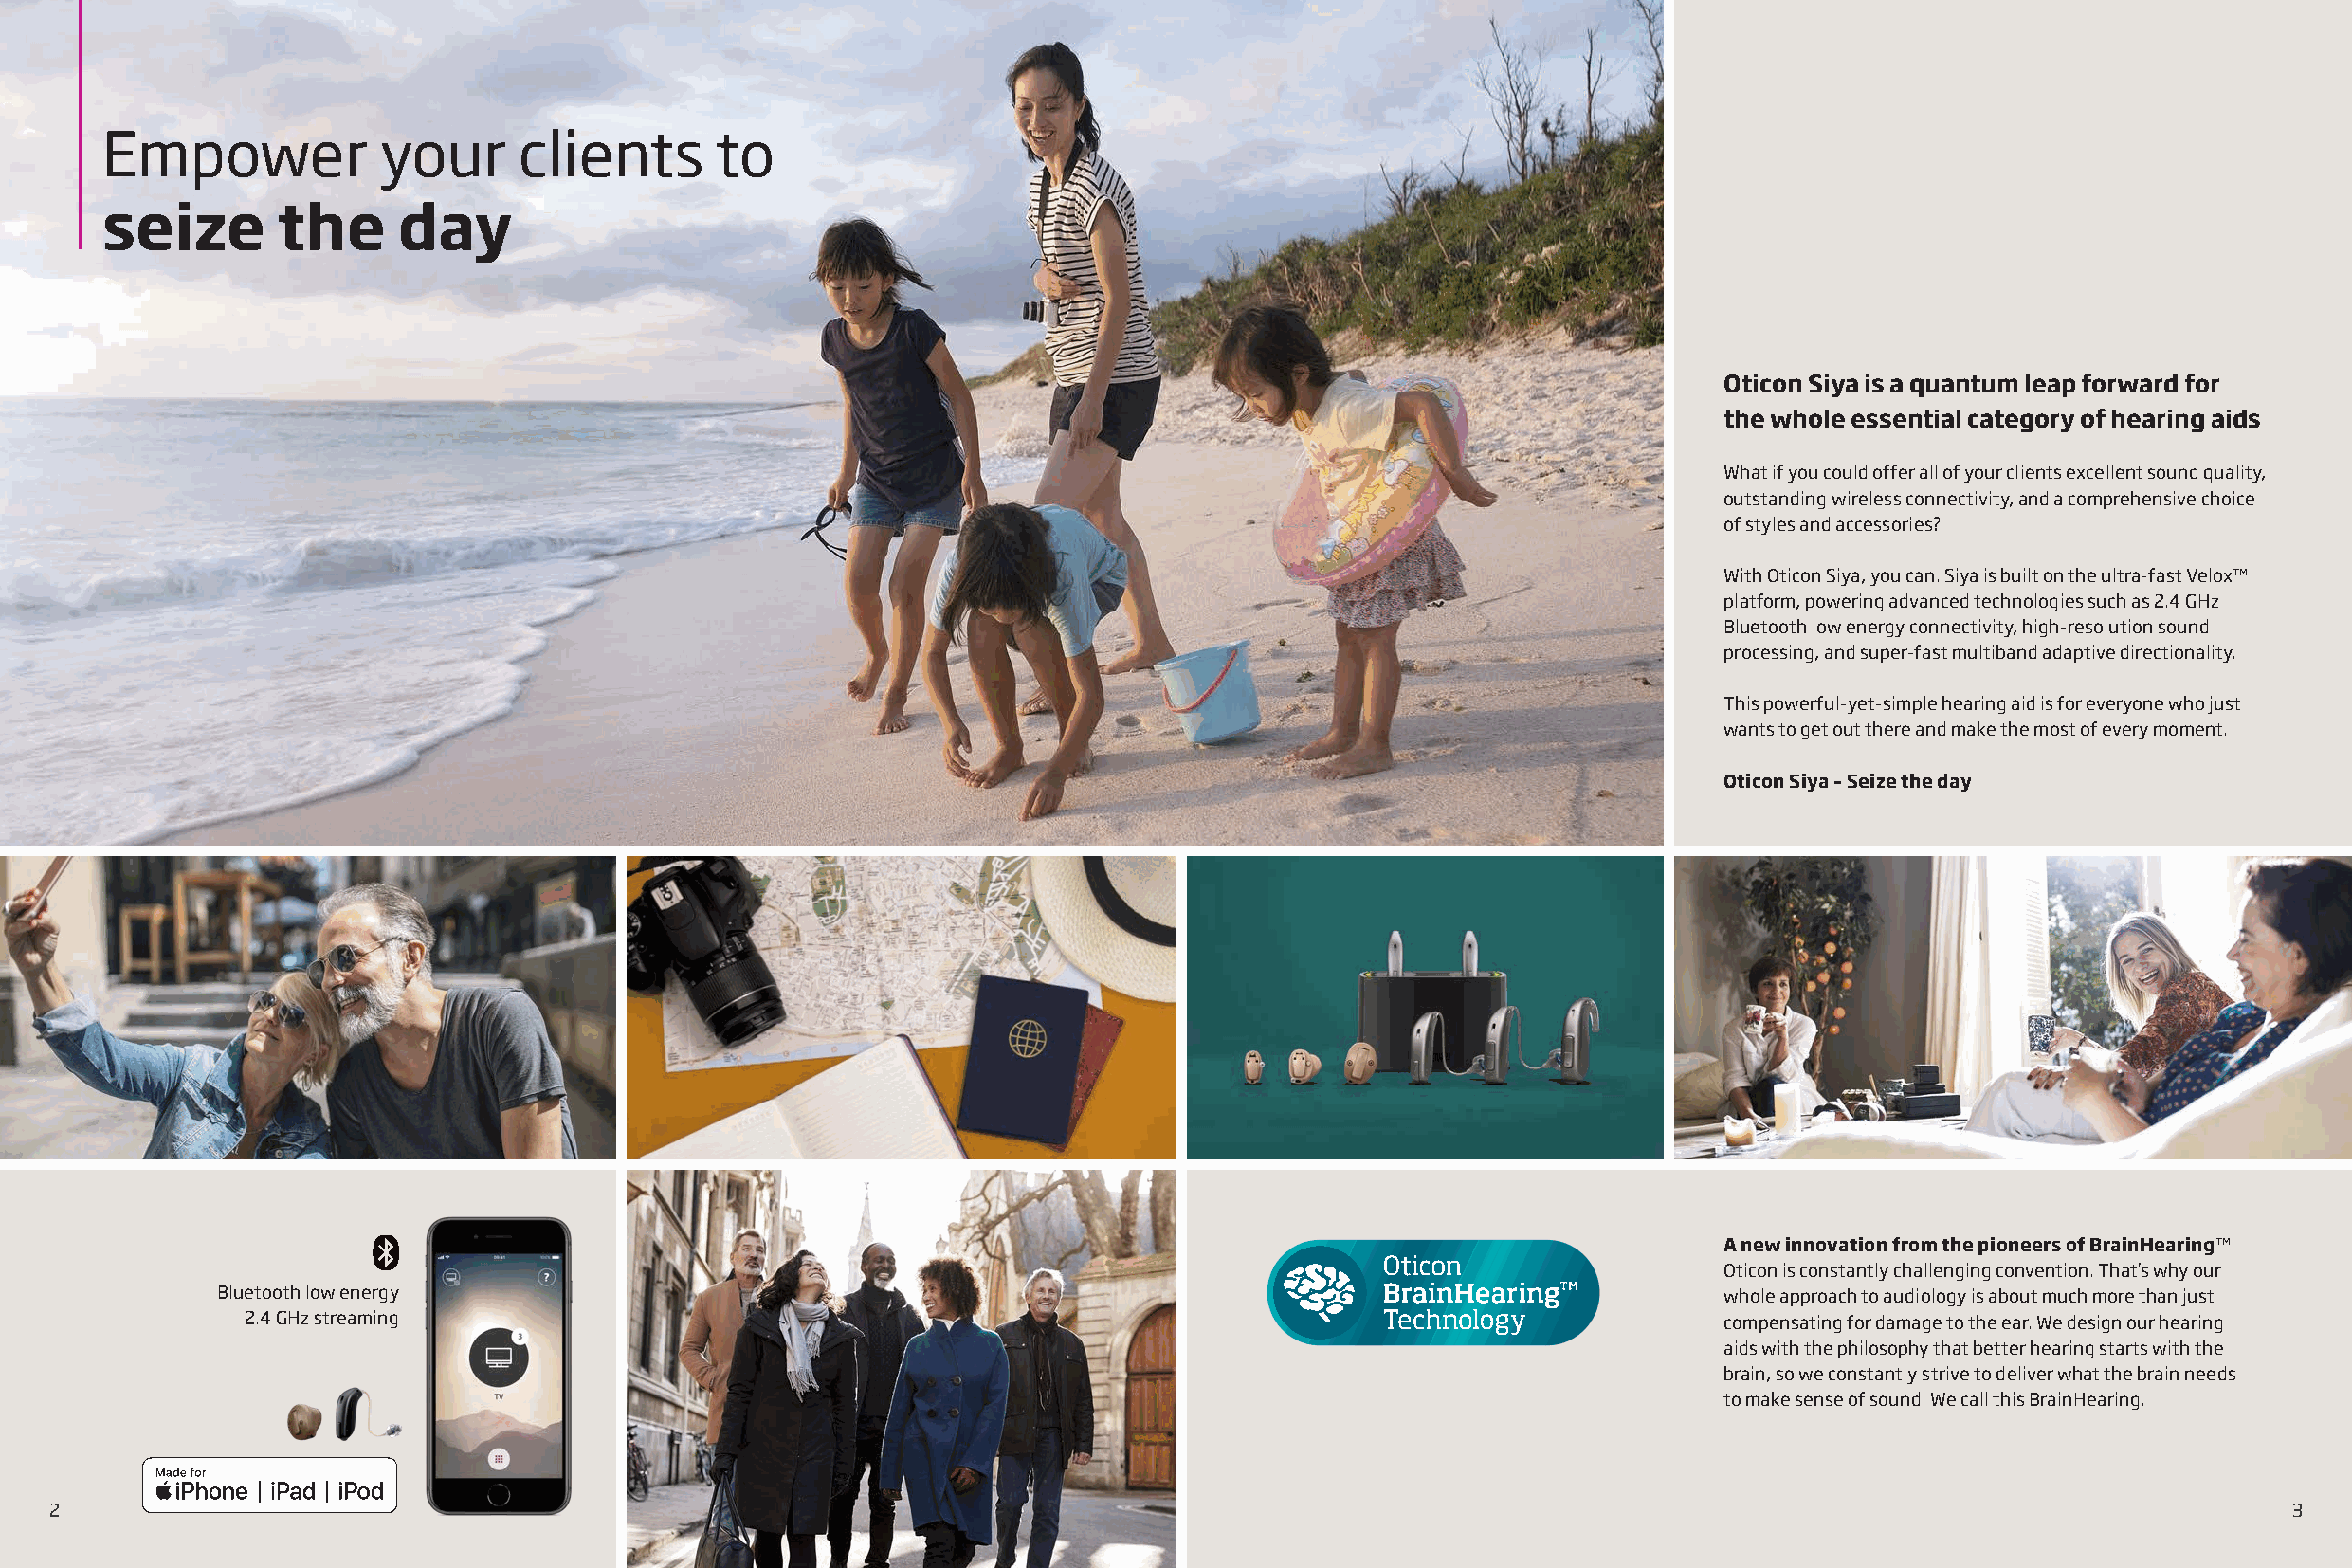
Empower             your     clients       to
 seize       the      day
 Oticon Siya is a quantum leap forward for
 the whole essential category of hearing aids
 What if you could offer all of your clients excellent sound quality,
 outstanding wireless connectivity, and a comprehensive choice
 of styles and accessories?
 With Oticon Siya, you can. Siya is built on the ultra-fast Velox™
 platform, powering advanced technologies such as 2.4 GHz
 Bluetooth low energy connectivity, high-resolution sound
 processing, and super-fast multiband adaptive directionality.
 This powerful-yet-simple hearing aid is for everyone who just
 wants to get out there and make the most of every moment.
 Oticon Siya – Seize the day
 A new innovation from the pioneers of BrainHearing™
 Oticon is constantly challenging convention. That’s why our
 Bluetooth low energy                                                                                     whole approach to audiology is about much more than just
 2.4 GHz streaming                                                                                      compensating for damage to the ear. We design our hearing
 aids with the philosophy that better hearing starts with the
 brain, so we constantly strive to deliver what the brain needs
 to make sense of sound. We call this BrainHearing.
 2                                                                                                                                                            3